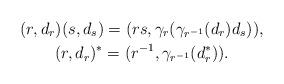
LaTeX: \begin{gather*}(r,d_r)(s,d_s)=(rs,\gamma_r(\gamma_{r^{-1}}(d_r)d_s)),\\(r,d_r)^*=(r^{-1},\gamma_{r^{-1}}(d^*_r)).\end{gather*}